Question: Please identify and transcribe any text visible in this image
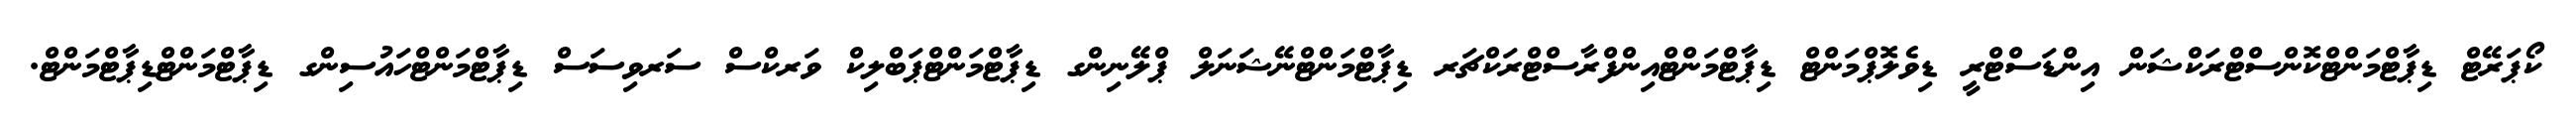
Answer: ކޯޕަރޭޓް ޑިޕާޓްމަންޓްކޮންސްޓްރަކްޝަން އިންޑަސްޓްރީ ޑިވެލޮޕްމަންޓް ޑިޕާޓްމަންޓްއިންފްރާސްޓްރަކްޗަރ ޑިޕާޓްމަންޓްނޭޝަނަލް ޕްލޭނިންގ ޑިޕާޓްމަންޓްޕަބްލިކް ވަރކްސް ސަރވިސަސް ޑިޕާޓްމަންޓްހައުސިންގ ޑިޕާޓްމަންޓްޑިޕާޓްމަންޓް.